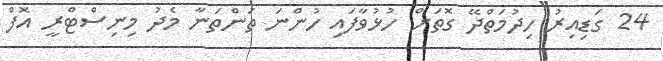
24 ގަޑިއިރު ހިދުމަތްދޭ ގޮތަށް ހުޅުވާފައި ހުންނަ ތަންތަނާ މެދު މިނިސްޓްރީ އޮފް